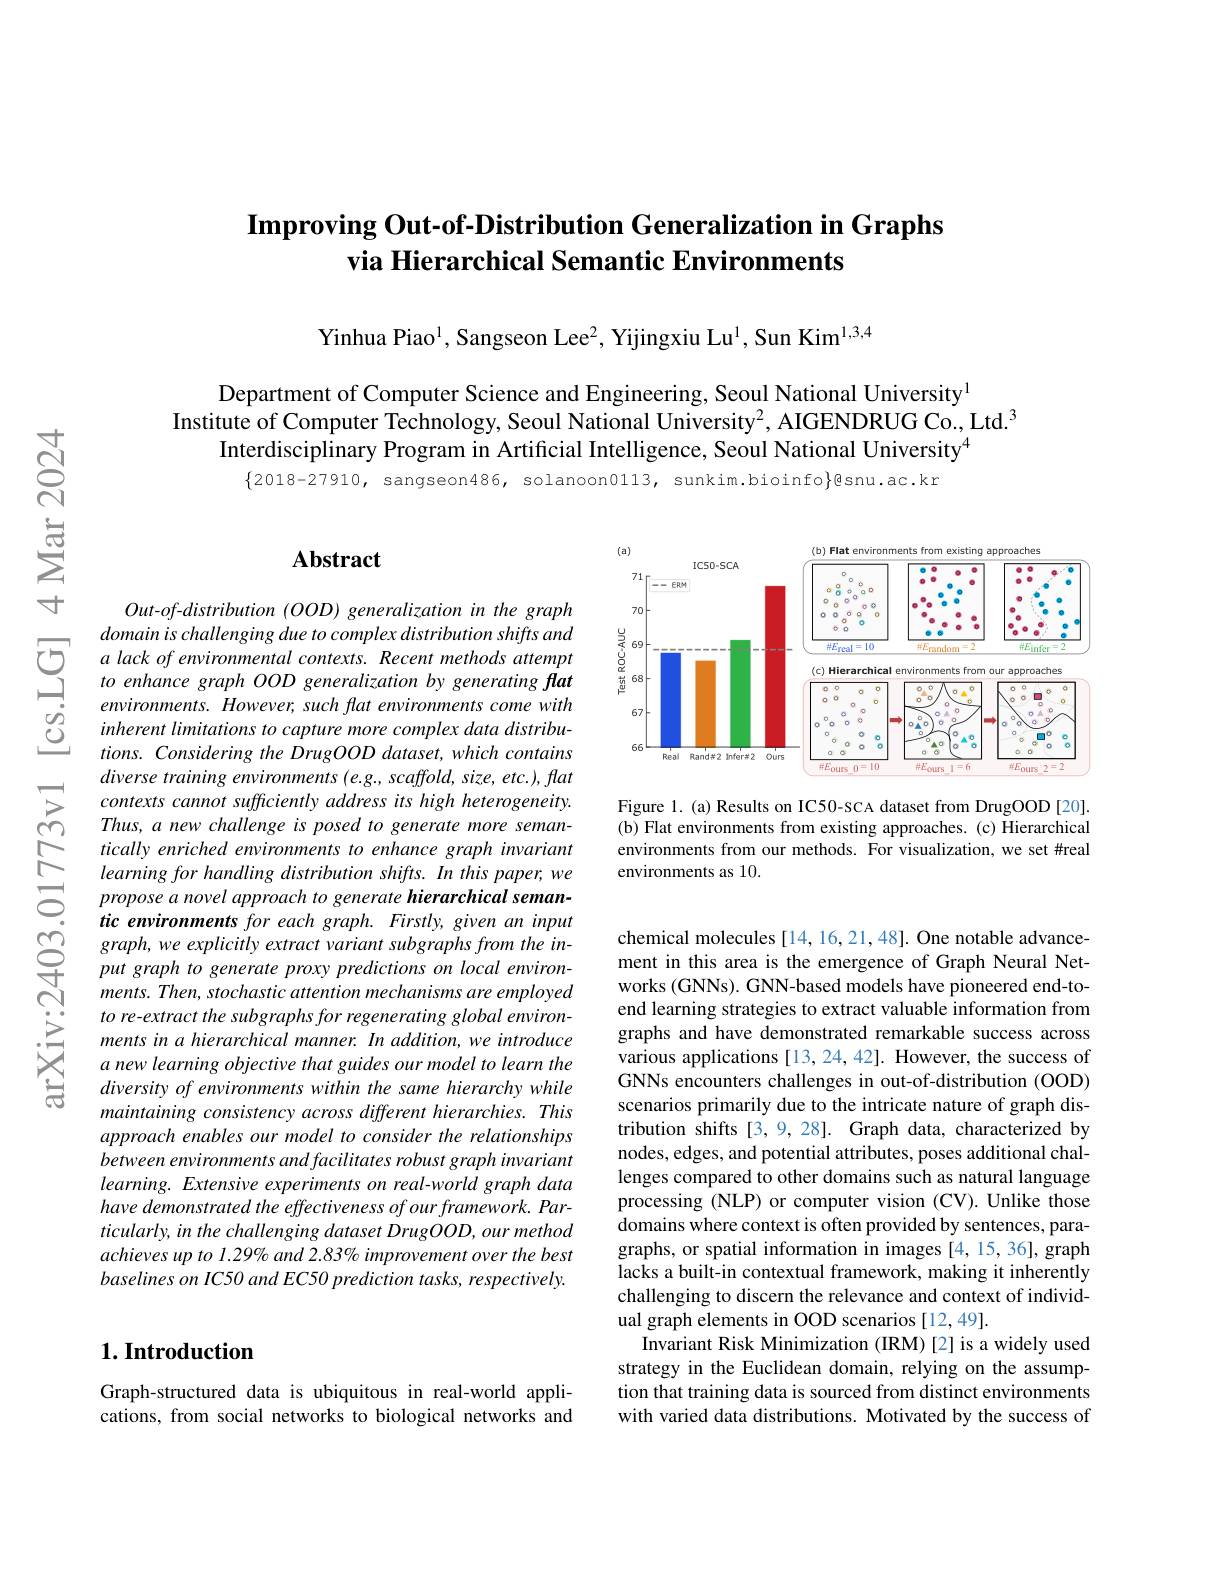
### $\textbf{Improving Out- of- Distribution Generalization in Graphs}$ via Hierarchical Semantic Environments

Yinhua Piao$^{1}$, Sangseon Lee$^2$, Yijingxiu Lu$^1$, Sun Kim$^{1,3,4}$

Department of Computer Science and Engineering, Seoul National University$^{1}$
Institute of Computer Technology, Seoul National University$^2$, AIGENDRUG Co., Ltd.$^3$
Interdisciplinary Program in Artificial Intelligence, Seoul National University$^{4}$
$\{2018-27910$, sangseon486, solanoon0113, sunkim.bioinfo}@snu.ac.kr

### $\mathbf{Abstract}$

Out-of-distribution (OOD) generalization in the graph
domain is challenging due to complex distribution shifts and 它 $a$ lack of environmental contexts. Recent methods attempt to enhance graph OOD generalization by generating flat emvironnents However such Hat environments come with
$environments.However,suchflatenvironmentscomewith$ inherent limitations to capture more complex data distributions. Considering the DrugOOD dataset, which contains diverse training environments (e.g., scaffold, size, etc.), flat contexts cannot sufficiently address its high heterogeneity. Thus, a new challenge is posed to generate more semantically enriched environments to enhance graph invariant learning for handling distribution shifts. In this paper, we propose a novel approach to generate hierarchical seman-
ments. Then, stochastic attention mechanisms are employed to re-extract the subgraphs for regenerating global environments in a hierarchical manner. In addition, we introduce a new learning objective that guides our model to learn the diversity of environments within the same hierarchy while maintaining consistency across different hierarchies. This approach enables our model to consider the relationships between environments and facilitates robust graph invariant learning. Extensive experiments on real-world graph data have demonstrated the effectiveness of our framework. Particularly, in the challenging dataset DrugOOD, our method achieves up to 1.29% and 2.83% improvement over the best $baselineson\textit{IC50 and EC50 prediction tasks, respectively. }$

# $1. \textbf{Introduction}$

Graph-structured data is ubiquitous in real-world applications, from social networks to biological networks and

<FigureHere>

Figure 1. (a) Results on IC50-sCA dataset from DrugOOD[20]. (b) Flat environments from existing approaches. (c) Hierarchical environments from our methods. For visualization, we set #real environments as 10.

works (GNNs). GNN-based models have pioneered end-toend learning strategies to extract valuable information from graphs and have demonstrated remarkable success across various applications [13, 24, 42]. However, the success of GNNs encounters challenges in out-of-distribution (OOD) scenarios primarily due to the intricate nature of graph distribution shifts [3,9,28]. Graph data, characterized by nodes, edges, and potential attributes, poses additional challenges compared to other domains such as natural language processing (NLP) or computer vision (CV). Unlike those domains where context is often provided by sentences, paragraphs, or spatial information in images [4,15,36], graph lacks a built-in contextual framework, making it inherently challenging to discern the relevance and context of individual graph elements in OOD scenarios [12,49].
Invariant Risk Minimization (IRM)[2] is a widely used strategy in the Euclidean domain, relying on the assumption that training data is sourced from distinct environments with varied data distributions. Motivated by the success of